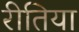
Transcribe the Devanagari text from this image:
रीतिया